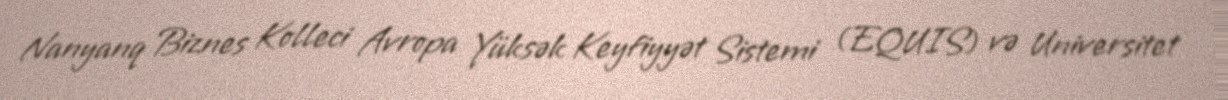
Nanyanq Biznes Kolleci Avropa Yüksək Keyfiyyət Sistemi (EQUIS) və Universitet